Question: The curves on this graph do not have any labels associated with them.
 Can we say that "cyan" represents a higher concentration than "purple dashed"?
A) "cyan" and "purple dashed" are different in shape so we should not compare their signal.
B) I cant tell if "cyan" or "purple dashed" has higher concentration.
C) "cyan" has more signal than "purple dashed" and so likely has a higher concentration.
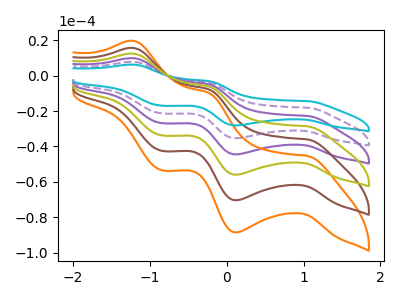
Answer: <think>The purple curve "purple" has anodic peaks at (-1.20V, 15.70uA) (-0.25V, -7.70uA) and cathodic peaks at (1.05V, -36.15uA) (0.10V, -70.65uA) (-0.85V, -42.65uA). The orange curve "orange" has anodic peaks at (-1.20V, 39.25uA) (-0.25V, -19.30uA) and cathodic peaks at (1.05V, -90.40uA) (0.10V, -176.70uA) (-0.85V, -106.65uA). The brown curve "brown" has anodic peaks at (-1.20V, 31.40uA) (-0.25V, -15.45uA) and cathodic peaks at (1.05V, -72.35uA) (0.10V, -141.35uA) (-0.85V, -85.35uA). The cyan curve "cyan" has anodic peaks at (-1.20V, 6.25uA) (-0.25V, -3.05uA) and cathodic peaks at (1.05V, -14.35uA) (0.10V, -28.10uA) (-0.85V, -16.95uA). The purple dashed curve "purple dashed" has anodic peaks at (-1.20V, 7.85uA) (-0.25V, -3.85uA) and cathodic peaks at (1.05V, -18.10uA) (0.10V, -35.35uA) (-0.85V, -21.35uA). The olive curve "olive" has anodic peaks at (-1.20V, 23.55uA) (-0.25V, -11.60uA) and cathodic peaks at (1.05V, -54.25uA) (0.10V, -106.00uA) (-0.85V, -64.00uA).
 All the peaks in "cyan" have a peak in "purple dashed" at the same potential.</think>
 <answer>B) I cant tell if "cyan" or "purple dashed" has higher concentration.</answer>
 <eval>B</eval>